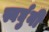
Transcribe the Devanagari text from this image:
स्वर्घुनी